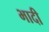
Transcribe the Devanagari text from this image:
भादी